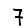
Digit: 7